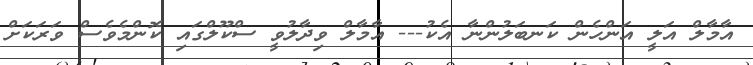
އާމާލް އަލީ އަންހެން ކަނބަލުންނާ އެކު--- އާމާލް ވިދާލުވީ ސްކޫލްގައި ކޮންމެވެސް ވަރަކަށް